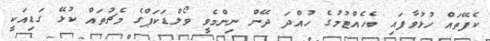
ކެފޭތައް ހުޅުވާފައި ބެހެއްޓުމުގެ ހުއްދަ ދޭން ނިންމެވީ ވޯލްޑަކަޕްގެ މެޗުތައް ކުޅޭ ގަޑިއަކީ